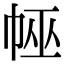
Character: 𢃀